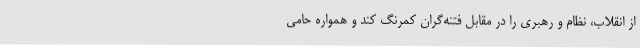
از انقلاب، نظام و رهبری را در مقابل فتنه‌گران کمرنگ کند و همواره حامی